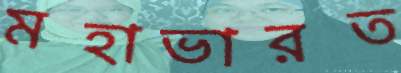
মহাভারত